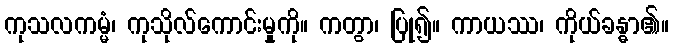
ကုသလကမ္မံ၊ ကုသိုလ်ကောင်းမှုကို။ ကတွာ၊ ပြု၍။ ကာယဿ၊ ကိုယ်ခန္ဓာ၏။